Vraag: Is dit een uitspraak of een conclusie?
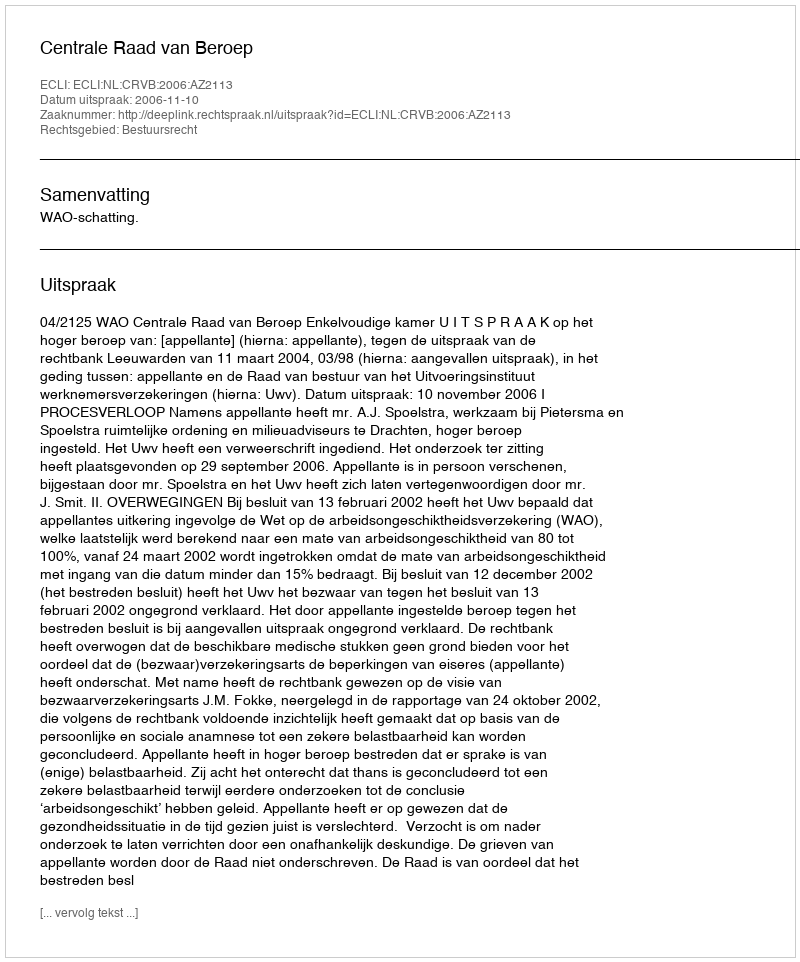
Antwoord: Uitspraak